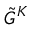
{ \tilde { G } } ^ { K }